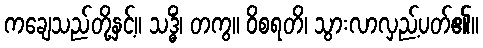
ကချေသည်တို့နှင့်။ သဒ္ဓိံ၊ တကွ။ ဝိစရတိ၊ သွားလာလှည့်ပတ်၏။